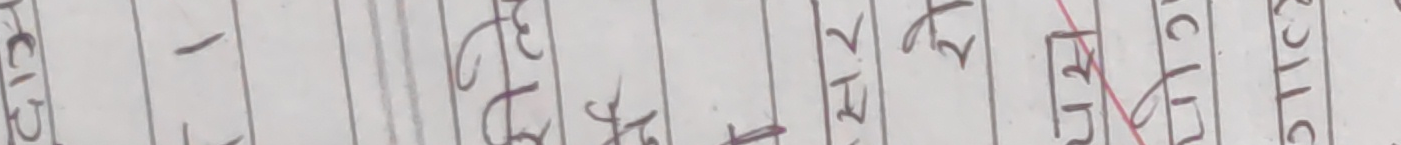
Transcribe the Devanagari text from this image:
च१३ ३ स१३ घ१२ म४ कलसयघ सात१-२२ स्टिक ० ८